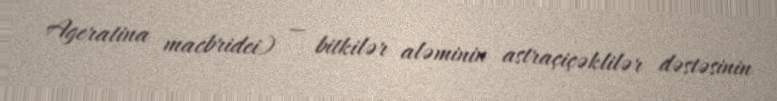
Ageratina macbridei) — bitkilər aləminin astraçiçəklilər dəstəsinin